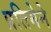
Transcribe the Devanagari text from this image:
प्रतिमेने